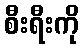
စီးရီးကို